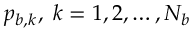
p _ { b , k } , \; k = 1 , 2 , \ldots , N _ { b }